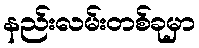
နည်းလမ်းတစ်ခုမှာ